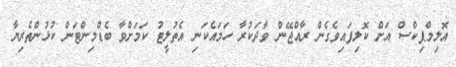
އޮލިމްޕިކްސް އަށް ކޮލިފައިވެގެން ރާއްޖޭން ވާދަކުރާ ހަމައެކަނި އެތުލީޓު ކަމަށްވާ ބެޑްމިންޓަން ކުޅުންތެރިޔާ